65_HS1-834228961_62-HQ-83894_Serial_130
Agency: FBI
Page 92
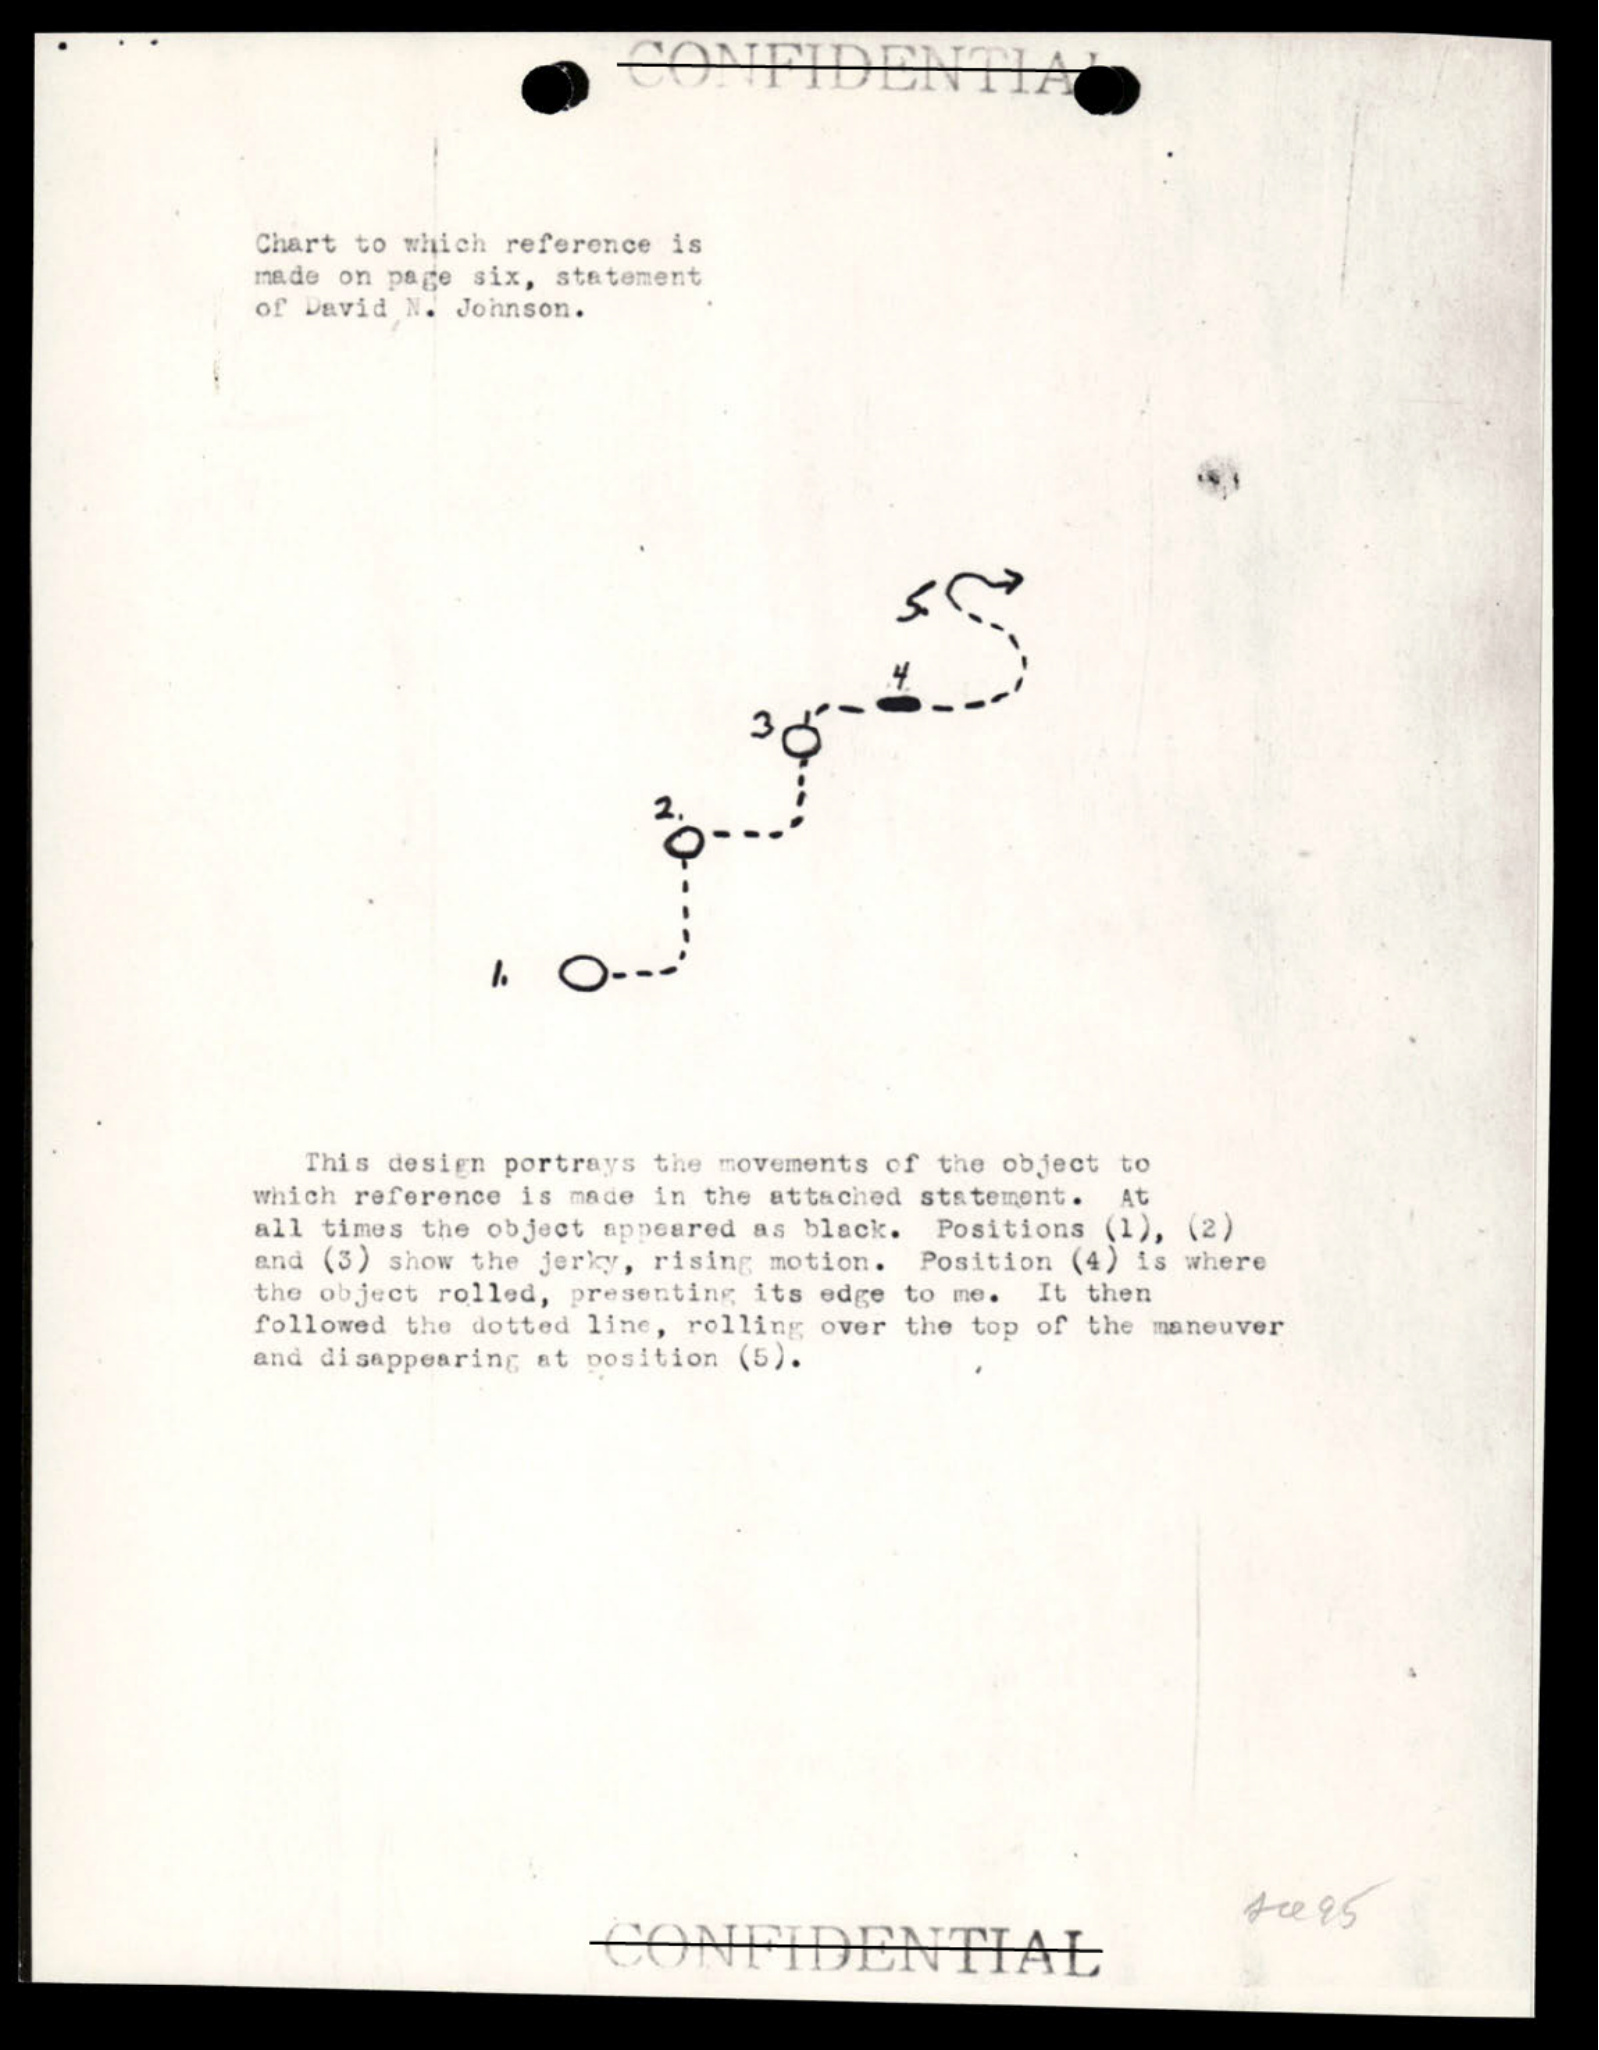